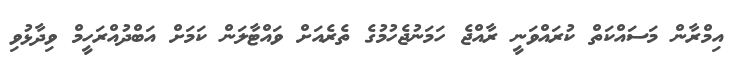
އިމްރާން މަސައްކަތް ކުރައްވަނީ ރާއްޖެ ހަމަނުޖެހުމުގެ ތެރެއަށް ވައްޓާލަން ކަމަށް އަބްދުއްރަހީމް ވިދާޅުވި